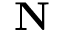
\mathbf { N }